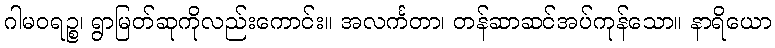
ဂါမဝရဉ္စ၊ ရွာမြတ်ဆုကိုလည်းကောင်း။ အလင်္ကတာ၊ တန်ဆာဆင်အပ်ကုန်သော။ နာရိယော